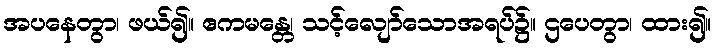
အပနေတွာ၊ ဖယ်၍။ ဧကမန္တေ၊ သင့်လျော်သောအရပ်၌။ ဌပေတွာ၊ ထား၍။